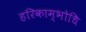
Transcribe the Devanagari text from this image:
हरिकाम्भोधि